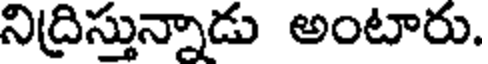
నిద్రిస్తున్నాడు అంటారు.